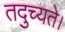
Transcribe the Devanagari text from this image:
तदुच्यते।